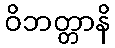
ဝိဘတ္တာနိ